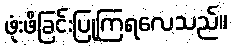
ဖုံးဖိခြင်းပြုကြရလေသည်။